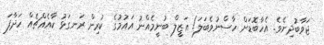
ޖަވާބުދިނެވެ. އެހާބޮޑަށް ހާސްނުވެބަލަ! އަޒީލް ބުނީމެއްނު އައުމުގެ ކުރިން ރަނގަޅުު ކާއެއްޗެއް ހަދާފަ